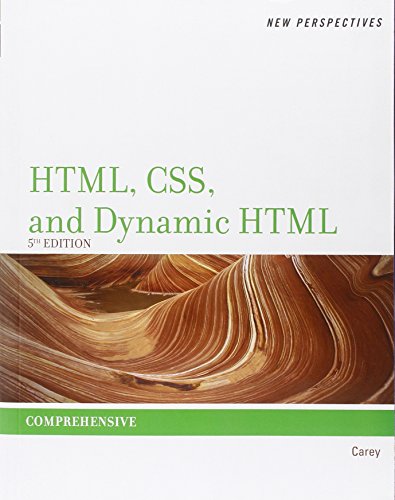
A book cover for New Perspectives on HTML, CSS, and Dynamic HTML; Patrick M. Carey; Computers & Technology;